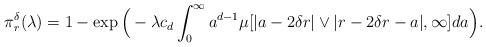
LaTeX: \begin{align*}\pi_r^\delta(\lambda)=1-\exp\Big(-\lambda c_d \int_0^\infty a^{d-1}\mu[|a-2\delta r|\vee |r-2\delta r-a|,\infty]da\Big).\end{align*}